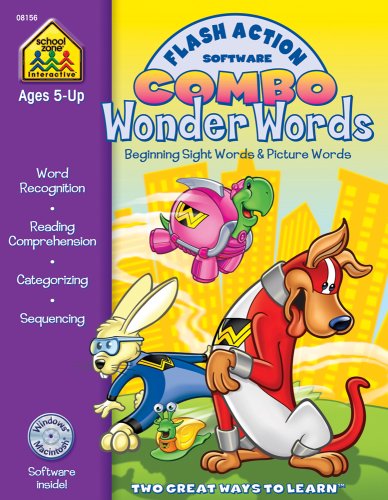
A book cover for Flash Action Software Combo Wonder Words: Beginning Sight Words & Picture Words; Joan Hoffman; Children's Books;